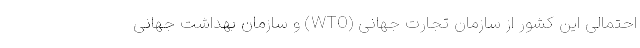
احتمالی این کشور از سازمان تجارت جهانی (WTO) و سازمان بهداشت جهانی